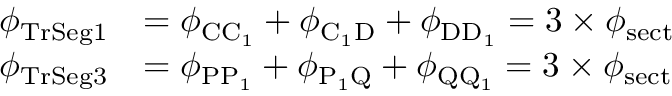
\begin{array} { r l } { \phi _ { \mathrm { T r S e g 1 } } } & { = \phi _ { \mathrm { C C _ { 1 } } } + \phi _ { \mathrm { C _ { 1 } D } } + \phi _ { \mathrm { D D _ { 1 } } } = 3 \times \phi _ { \mathrm { s e c t } } } \\ { \phi _ { \mathrm { T r S e g 3 } } } & { = \phi _ { \mathrm { P P _ { 1 } } } + \phi _ { \mathrm { P _ { 1 } Q } } + \phi _ { \mathrm { Q Q _ { 1 } } } = 3 \times \phi _ { \mathrm { s e c t } } } \end{array}